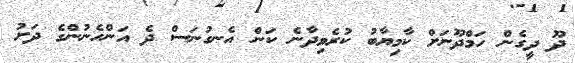
ދޫ ދީގެން ހަމްދޫނަށް ކާމިޔާބު ކުރެވިދާނެ ކަން އެނގުނަސް ދެ އަންހެނުންގެ ދަށު